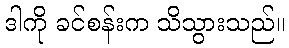
ဒါကို ခင်စန်းက သိသွားသည်။